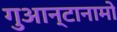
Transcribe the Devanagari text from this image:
गुआन्टानामो